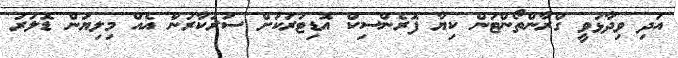
އަދި ވިދާޅުވީ ގްރާންތޯންޓަން ކިޔާ ފޮރެންސިކް އޮޑިޓަރަކަށް ސަރުކާރުން އެއް މިލިޔަން ޑޮލަރު